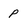
Character: p